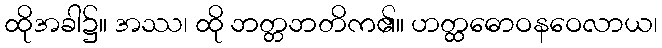
ထိုအခါ၌။ အဿ၊ ထို ဘတ္တဘတိက၏။ ဟတ္ထဓောဝနဝေလာယ၊